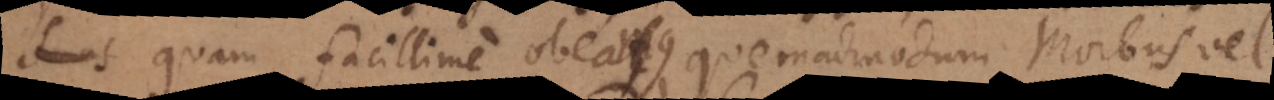
quam facillime obeamus, quemadmodum Morbus vel